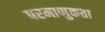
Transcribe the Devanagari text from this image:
परमाणुकता